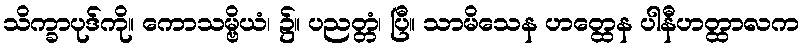
သိက္ခာပုဒ်ကို။ ကောသမ္ဗိယံ၊ ၌။ ပညတ္တံ၊ ပြီ။ သာမိသေန ဟတ္ထေန ပါနီဟတ္ထာလက